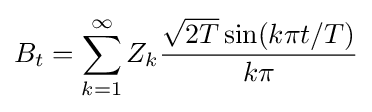
B_{t}=\sum _{k=1}^{\infty }Z_{k}{\frac {{\sqrt {2T}}\sin(k\pi t/T)}{k\pi }}